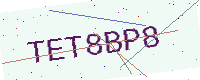
Text: TET8BP8